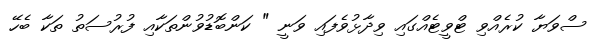
ސްވަޔާ ކުރެއްވި ޓްވީޓެއްގައި ވިދާޅުވެފައި ވަނީ " ކަންބޮޑުވުންތަކާއި ފުރުސަތު ތަކާ ބެހޭ